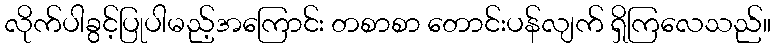
လိုက်ပါခွင့်ပြုပါမည့်အကြောင်း တစာစာ တောင်းပန်လျက် ရှိကြလေသည်။